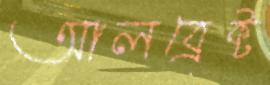
আলব্রেক্ট